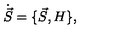
\dot { \vec { S } } = \{ \vec { S } , H \} ,